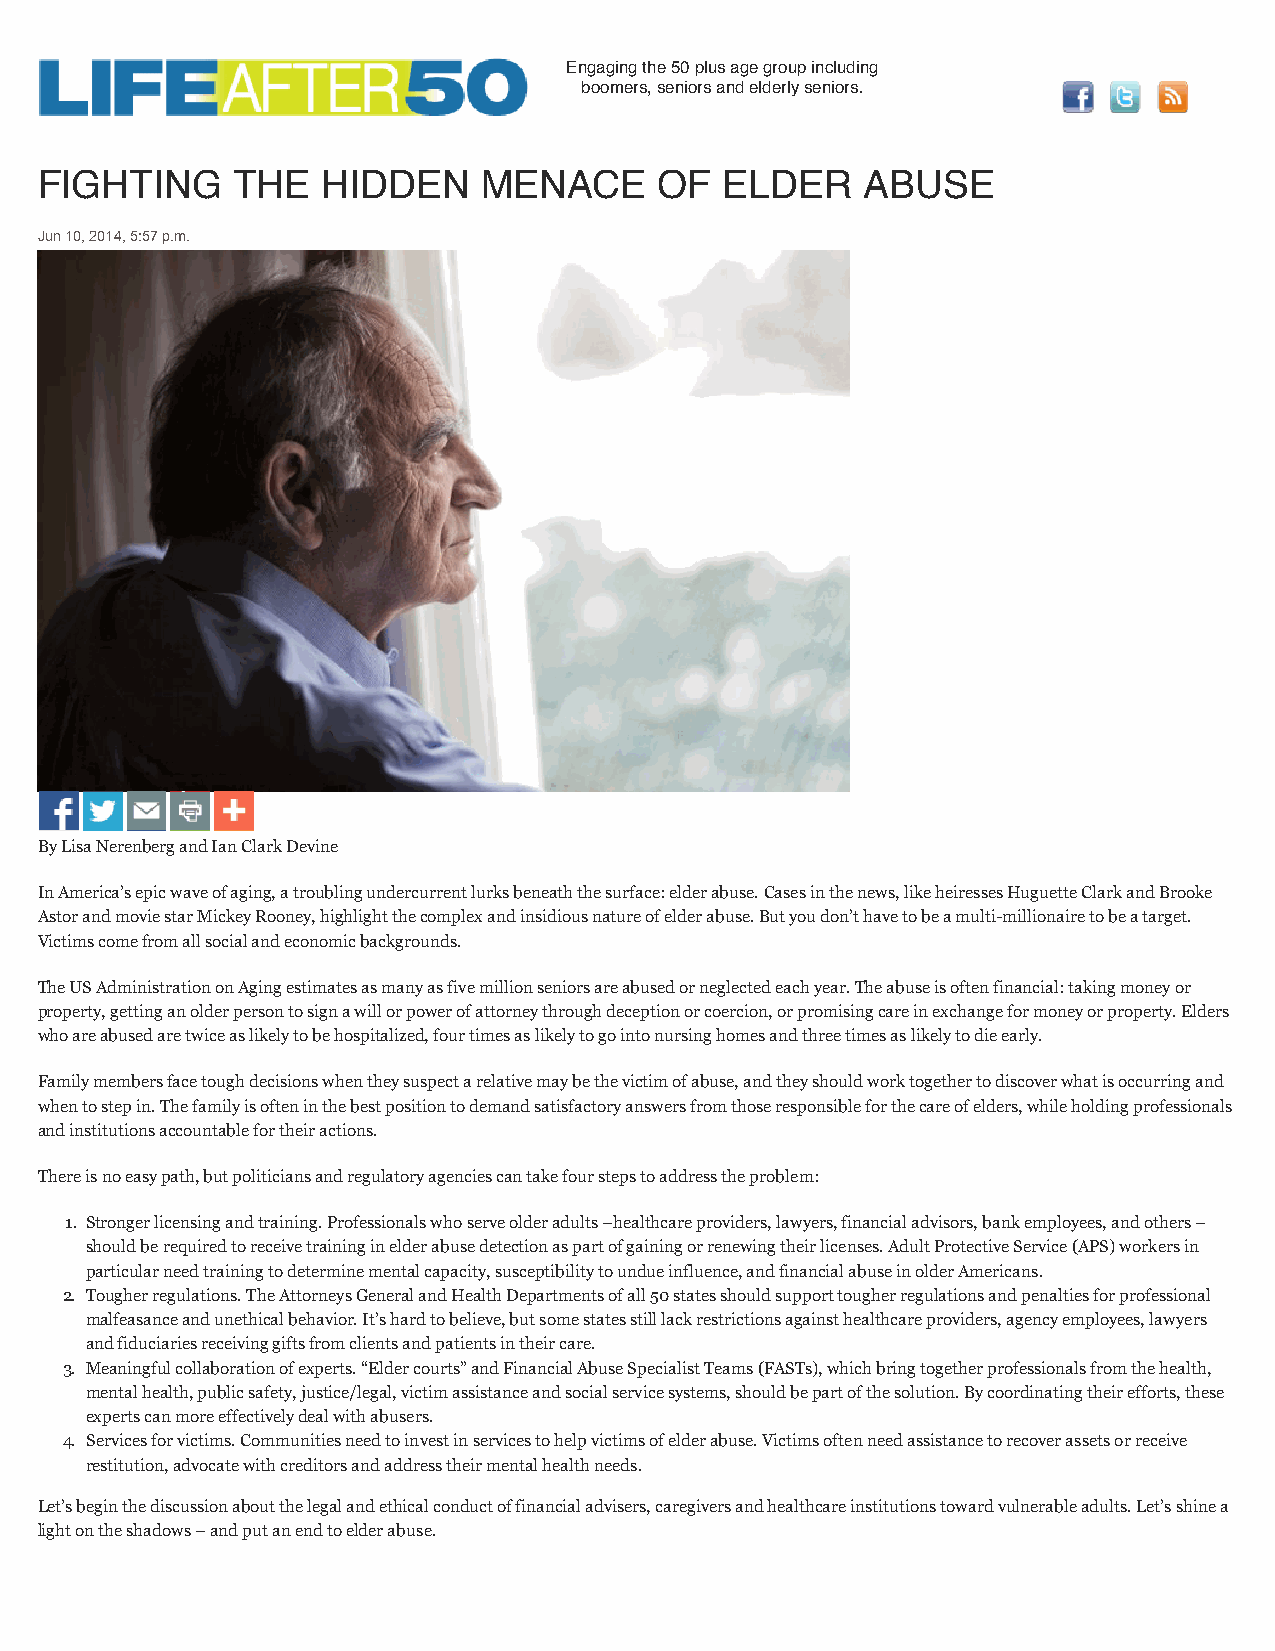
Engaging the 50 plus age group including
 boomers, seniors and elderly seniors.
 FIGHTING     THE   HIDDEN     MENACE      OF  ELDER    ABUSE
 Jun 10, 2014, 5:57 p.m.
 By Lisa Nerenberg and Ian Clark Devine
 In America’s epic wave of aging, a troubling undercurrent lurks beneath the surface: elder abuse. Cases in the news, like heiresses Huguette Clark and Brooke
 Astor and movie star Mickey Rooney, highlight the complex and insidious nature of elder abuse. But you don’t have to be a multi-millionaire to be a target.
 Victims come from all social and economic backgrounds.
 The US Administration on Aging estimates as many as five million seniors are abused or neglected each year. The abuse is often financial: taking money or
 property, getting an older person to sign a will or power of attorney through deception or coercion, or promising care in exchange for money or property. Elders
 who are abused are twice as likely to be hospitalized, four times as likely to go into nursing homes and three times as likely to die early.
 Family members face tough decisions when they suspect a relative may be the victim of abuse, and they should work together to discover what is occurring and
 when to step in. The family is often in the best position to demand satisfactory answers from those responsible for the care of elders, while holding professionals
 and institutions accountable for their actions.
 There is no easy path, but politicians and regulatory agencies can take four steps to address the problem:
 1. Stronger licensing and training. Professionals who serve older adults –healthcare providers, lawyers, financial advisors, bank employees, and others –
 should be required to receive training in elder abuse detection as part of gaining or renewing their licenses. Adult Protective Service (APS) workers in
 particular need training to determine mental capacity, susceptibility to undue influence, and financial abuse in older Americans.
 2. Tougher regulations. The Attorneys General and Health Departments of all 50 states should support tougher regulations and penalties for professional
 malfeasance and unethical behavior. It’s hard to believe, but some states still lack restrictions against healthcare providers, agency employees, lawyers
 and fiduciaries receiving gifts from clients and patients in their care.
 3. Meaningful collaboration of experts. “Elder courts” and Financial Abuse Specialist Teams (FASTs), which bring together professionals from the health,
 mental health, public safety, justice/legal, victim assistance and social service systems, should be part of the solution. By coordinating their efforts, these
 experts can more effectively deal with abusers.
 4. Services for victims. Communities need to invest in services to help victims of elder abuse. Victims often need assistance to recover assets or receive
 restitution, advocate with creditors and address their mental health needs.
 Let’s begin the discussion about the legal and ethical conduct of financial advisers, caregivers and healthcare institutions toward vulnerable adults. Let’s shine a
 light on the shadows – and put an end to elder abuse.